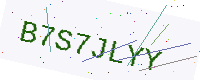
Text: B7S7JLYY